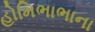
હોમિભાભાના